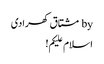
by مشتاق کھرادی
اسلام علیکم!